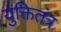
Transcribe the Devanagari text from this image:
युक्तितंत्र